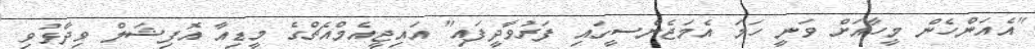
"އެއަންހެން މީހާއަށް ވަނީ ހަމަ އެމަޖެންސީގައި ފަރުވާދީފައި" އައިޖީއެމްއެޗްގެ މީޑިއާ އޮފިޝަލް ވިދާޅުވި